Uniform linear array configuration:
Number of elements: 64
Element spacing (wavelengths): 0.75
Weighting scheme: hann
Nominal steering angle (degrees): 45
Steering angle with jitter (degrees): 43.705
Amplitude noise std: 0.05
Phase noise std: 0.05

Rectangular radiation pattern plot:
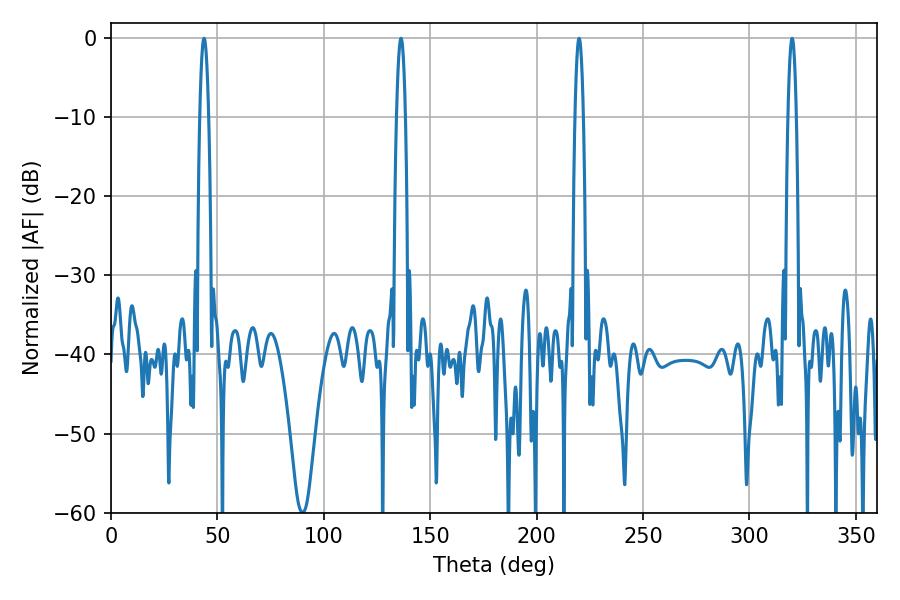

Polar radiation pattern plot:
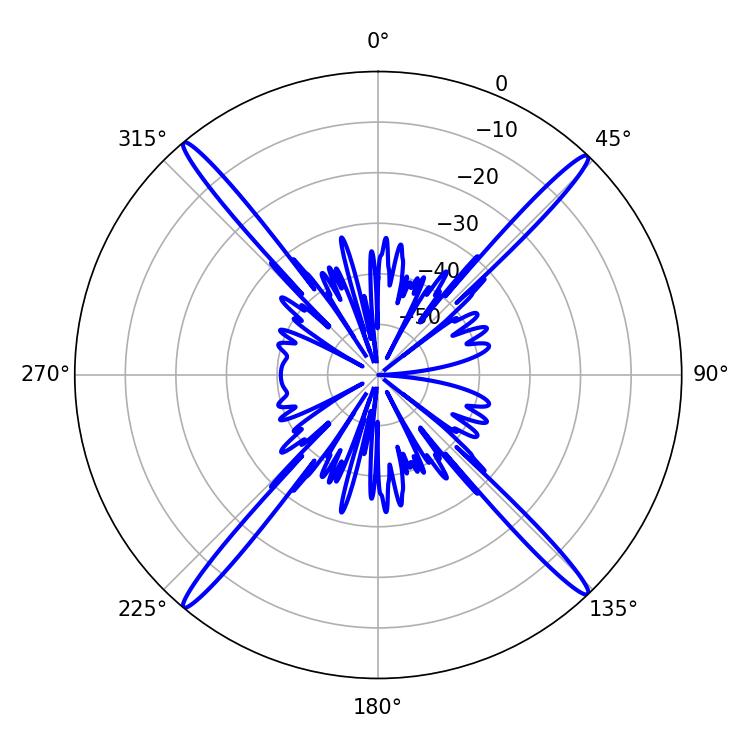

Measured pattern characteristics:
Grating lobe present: TRUE
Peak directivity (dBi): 24.185
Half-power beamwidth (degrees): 2.16
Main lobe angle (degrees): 43.74